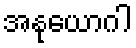
အနုယောဂါ